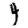
Digit: 4